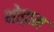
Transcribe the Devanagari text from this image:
थोड़ाम